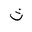
Letter: _tha